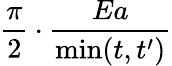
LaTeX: \frac{\pi}{2}\cdot\frac{Ea}{\operatorname*{min}(t,t^{\prime})}